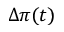
\Delta \pi ( t )